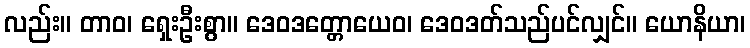
လည်း။ တာဝ၊ ရှေးဦးစွာ။ ဒေဝဒတ္တောယေဝ၊ ဒေဝဒတ်သည်ပင်လျှင်။ ယောနိယာ၊